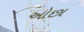
ઓછા